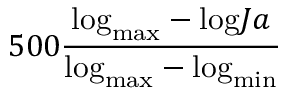
5 0 0 \frac { \mathrm { l o g } _ { \mathrm { m a x } } - \mathrm { l o g } J a } { \mathrm { l o g } _ { \mathrm { m a x } } - \mathrm { l o g } _ { \mathrm { m i n } } }